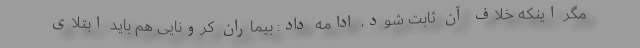
مگر اینکه خلاف آن ثابت شود، ادامه داد: بیماران کرونایی هم باید ابتلای